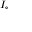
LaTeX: \scriptstyle { I _ { \circ } }